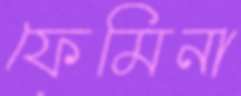
ফেমিনা